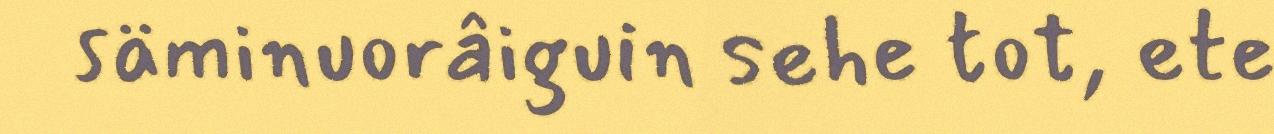
säminuorâiguin sehe tot, ete